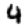
Digit: 4